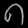
Digit: ၈